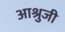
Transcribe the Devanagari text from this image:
आश्रुजी